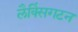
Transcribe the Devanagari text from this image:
लैक्सिंगटन